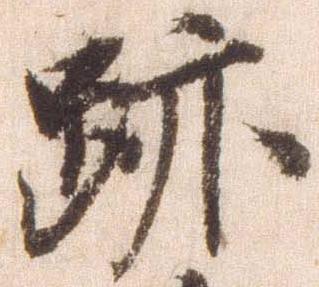
跡